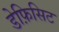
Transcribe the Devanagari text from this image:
डेफ़िसिट